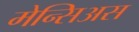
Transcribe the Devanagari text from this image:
मेन्सिअस